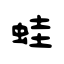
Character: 蛙